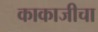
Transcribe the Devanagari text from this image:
काकाजीचा